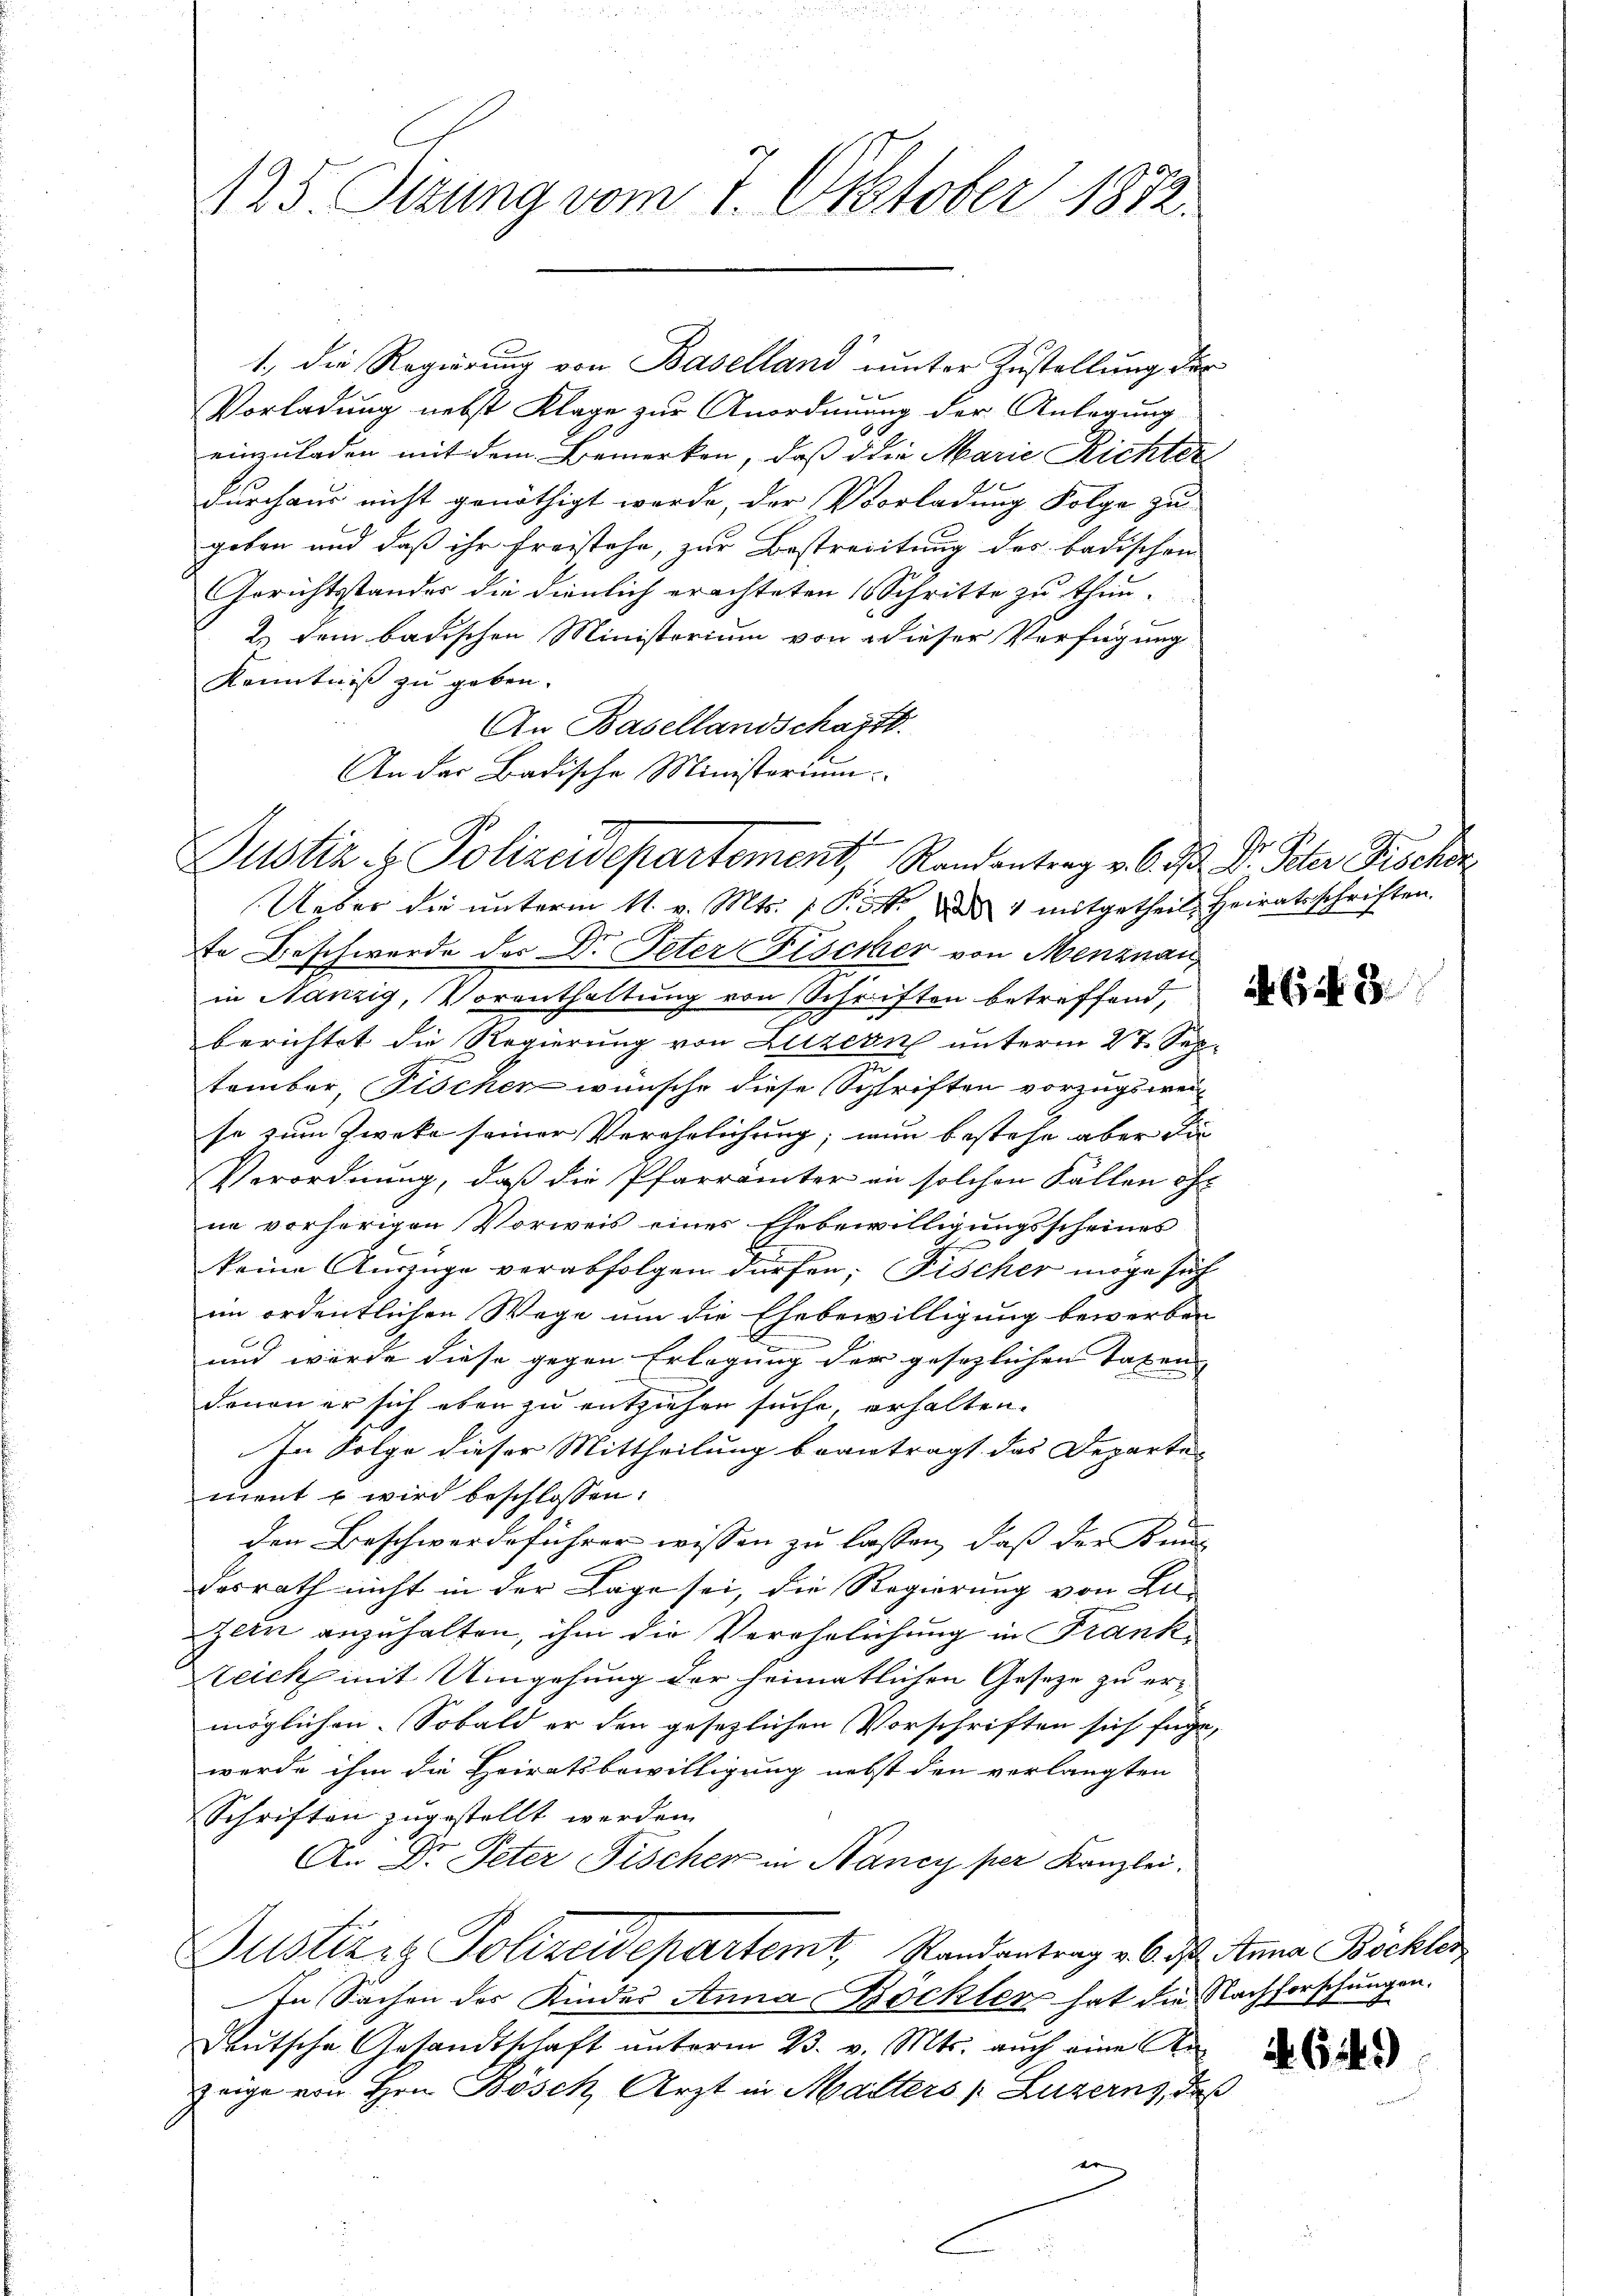
Justiz- & Polizeidepartement, Randantrag v. 6. M. D. Peter Brocker

125. Sizung vom 7. Oktober 1872.

Vorladung nebst Klage zur Anordnuung der Anlegung
einzuladen mit dem Bemerken, daß die Marie Richter
durchaus nicht genöthigt werde, der Vorladung Folge zu
geben und daß ihr Freistehe, zur Bestreitung des badischen
Gerichtsstandes die dienlich erachteten 1 Schritte zu thun.
2.) Dem badischen Ministerium von dieser Verfügung
Kenntniß zu geben.
An Basellandschaft.
An der Badische Ministorium
Ueber die unterm 11. v. Mts. Pott. d 1 mitgetheil, Heiratsschriften.
te Beschwerde der Dr. Peter Fischer von Menznau
in Nanzig, Vorenthaltung von Schriften betreffend,
berichtet die Regierung von Luzern unterm 27. Sep
m
tember Fischer wünsche diese Schriften vorzugsweise zum Zwecke seiner Verehrlichung; nun bestehe aber die
Verordnung, daß die Pfarrämter in solchen Fällen of-
ne vorherigen Vorweis eines Ehebewilligungsscheines
keine Auszüge verabfolgen dürfen. Fischer möge sich
im ordentlichen Wege um die Ehebewilligung bewerben
und wurde diese gegen Erlegung der gesezlichen Taxen |
davon er sich eben zu entziehen suche, erhalten.
In Folge dieser Mittheilung beantragt das Departe-
ment u wird beschlossen:
den Beschwerdeführer wissen zu lassen, daß der Ken
desrath nicht in der Lage sei, die Regierung von Bil-
Zeen anzuhalten, ihm die Verehrlichung in Frank¬
Keick mit Umgehung der heimatlichen Gesetze zu ermöglichen. Sobald er den gesezlichen Vorschriften sich füge,
werde ihm die Heiratsbewilligung nebst den verlangten
Schriften zugestellt werden.
An Dr. Peter Fischer in Nancy per Kanzlei.
Justizig Polizeidepartemt, Randantrag v. 6. d. Anna Böckler
In Sachen des Kindes Anna Bockter hat die Nachforschungen.
deŭtsche Gesandtschaft ŭnterm 23. v. Mts. auch eine An-
zeige von Hrn. Bosch Arzt in Malters [ Luzerns, de
e

1., die Regierung von Baselland unter Zustellung der

e

t

4643.

46449)